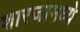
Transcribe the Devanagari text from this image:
शारजामध्ये